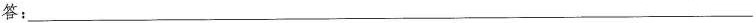
答：___